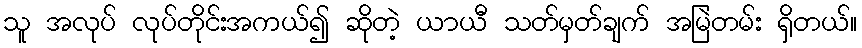
သူ အလုပ် လုပ်တိုင်းအကယ်၍ ဆိုတဲ့ ယာယီ သတ်မှတ်ချက် အမြဲတမ်း ရှိတယ်။